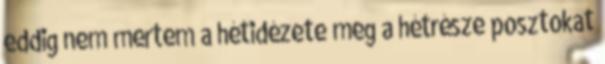
eddig nem mertem a hétidézete meg a hétrésze posztokat